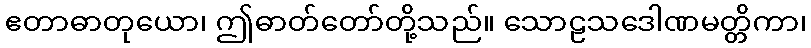
ဧတာဓာတုယော၊ ဤဓာတ်တော်တို့သည်။ သောဠသဒေါဏမတ္တိကာ၊